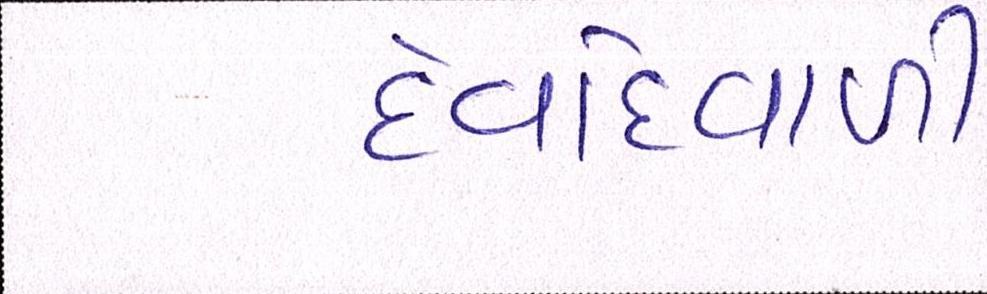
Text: દેવદિવાળી